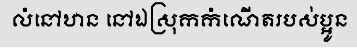
លំនៅឋាន នៅឯស្រុកកំណើតរបស់ប្អូន